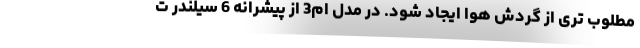
مطلوب تری از گردش هوا ایجاد شود. در مدل ام3 از پیشرانه 6 سیلندر ت